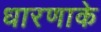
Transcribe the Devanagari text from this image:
धारणाके